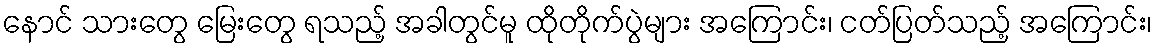
နောင် သားတွေ မြေးတွေ ရသည့် အခါတွင်မူ ထိုတိုက်ပွဲများ အကြောင်း၊ ငတ်ပြတ်သည့် အကြောင်း၊